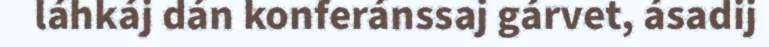
láhkáj dán konferánssaj gárvet, ásadij